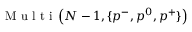
\mathrm { ~ M ~ u ~ l ~ t ~ i ~ } \left( N - 1 , \{ p ^ { - } , p ^ { 0 } , p ^ { + } \} \right)